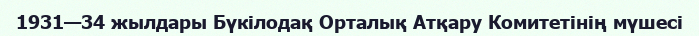
1931—34 жылдары Бүкілодақ Орталық Атқару Комитетінің мүшесі